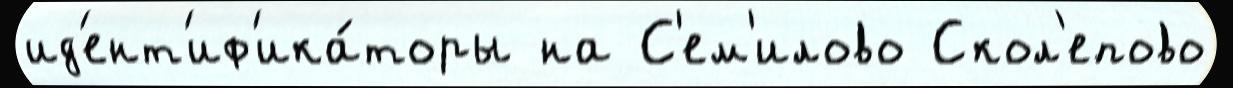
ид'ент'иф'ика́торы на С'ем'илово Скол'епово